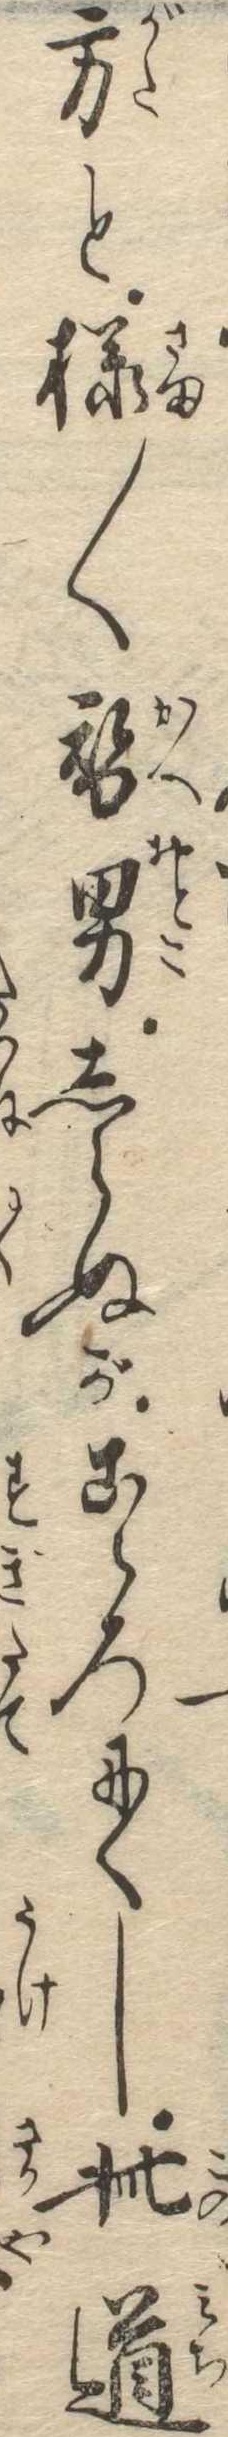
方と様〱替男しらぬがこゝろにくし此道